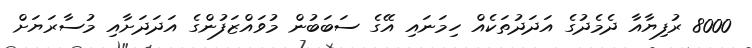
8000 ރުފިޔާއާ ދެމެދުގެ އަދަދުތަކެއް ހިމަނައި އޭގެ ސަބަބުން މުވައްޒަފުންގެ އަދަދަށާއި މުސާރަޔަށް